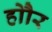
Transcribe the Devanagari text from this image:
होौर